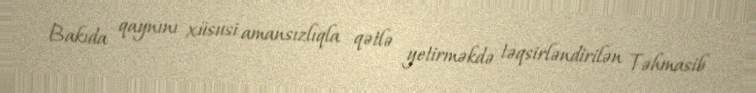
Bakıda qaynını xüsusi amansızlıqla qətlə yetirməkdə təqsirləndirilən Təhmasib